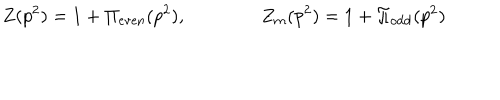
Z ( p ^ { 2 } ) = 1 + \Pi _ { \mathrm { e v e n } } ( p ^ { 2 } ) , \qquad \qquad Z _ { m } ( p ^ { 2 } ) = 1 + \Pi _ { \mathrm { o d d } } ( p ^ { 2 } )